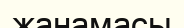
жанамасы